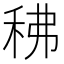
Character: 䄶